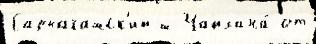
Сарыагашск'ий ш Чайхана́ от